Annual report of the Prince of Wales Medical College, Patna
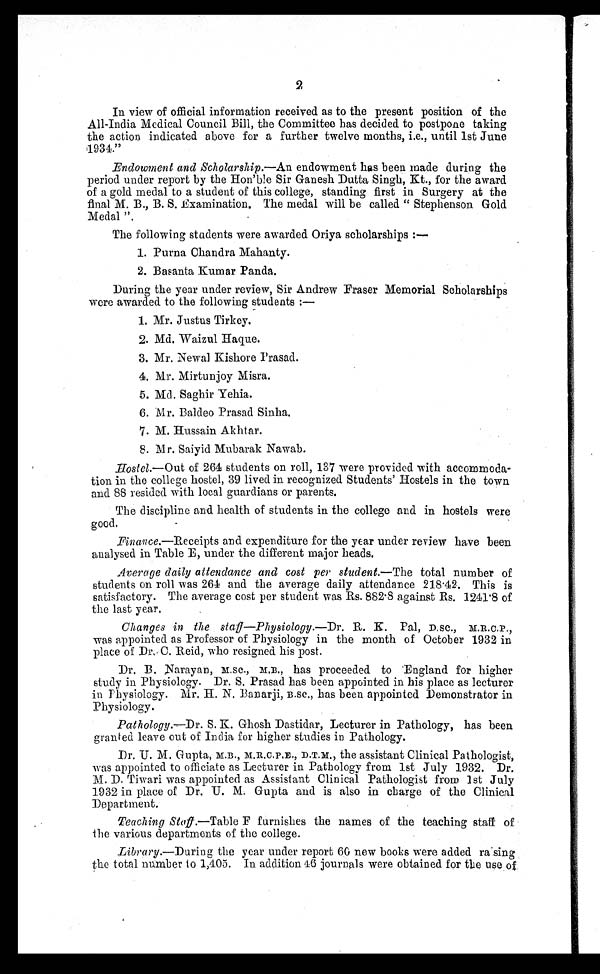
2
In view of official information received as to the present position of the
All-India Medical Council Bill, the Committee has decided to postpone taking
the action indicated above for a further twelve months, i.e., until 1st June
1934."
Endowment and Scholarship.—An endowment has been made during the
period under report by the Hon'ble Sir Ganesh Dutta Singh, Kt., for the award
of a gold medal to a student of this college, standing first in Surgery at the
final M. B., B. S. Examination. The medal will be called " Stephenson Gold
Medal ".
The following students were awarded Oriya scholarships :—
1. Purna Chandra Mahanty.
2. Basanta Kumar Panda.
During the year under review, Sir Andrew Fraser Memorial Scholarships
were awarded to the following students :—
1 . Mr . J u s t u s Ti r k e y .
2. Md. Wai zul Haque.
3. Mr. Newal Kishore Prasad.
4. Mr. Mirtunjoy Misra.
5 . Md . Sa g h i r Ye h i a .
6. Mr. Baldeo Prasad Sinha.
7. M. Hussai n Akht ar .
8 . M r . S a i y i d M u b a r a k N a w a b .
Hostel.— Out of 264 students on roll, 137 were provided with accommoda-
tion in the college hostel, 39 lived in recognized Students' Hostels in the town
and 88 resided with local guardians or parents.
The discipline and health of students in. the college and in hostels were
good.
Finance. —Receipts and expenditure for the year under review have been
analysed in Table B, under the different major heads.
Average daily attendance and cost per student.— The total number of
students on roll was 264 and the average daily attendance 218.42. This is
satisfactory. The average cost per student was Rs. 882.8 against Rs. 1241.8 of
the last year.
Changes in the staff—Physiology. —Dr . R. K. Pal, D.SC., M.R.C.P.,
was appointed as Professor of Physiology in the month of October 1932 in
place of Dr. C. Reid, who resigned his post.
Dr. B. Narayan, M.SC., M.B., has proceeded to England for higher
study in Physiology. Dr. S. Prasad has been appointed in his place as lecturer
in Physiology. Mr. H. N. Banarji, B.SC., has been appointed Demonstrator in
Physiology.
Pathology. —Dr. S. K. Ghosh Dastidar, Lecturer in Pathology, has been
granted leave out of India for higher studies in Pathology.
Dr. U. M. Gupta, M.B., M.R.C.P.E., D.T.M., the assistant Clinical Pathologist,
was appointed to officiate as Lecturer in Pathology from 1st July 1932. Dr.
M. D. Tiwari was appointed as Assistant Clinical Pathologist from 1st July
1932 in place of Dr. U. M. Gupta and is also in charge of the Clinical
Department.
Teaching Staff .—Table F furnishes the names of the teaching staff of
the various departments of the college.
Library.—During the year under report 60 new books were added raising the total number to 1,405. In addition 46 journals were obtained for the use of